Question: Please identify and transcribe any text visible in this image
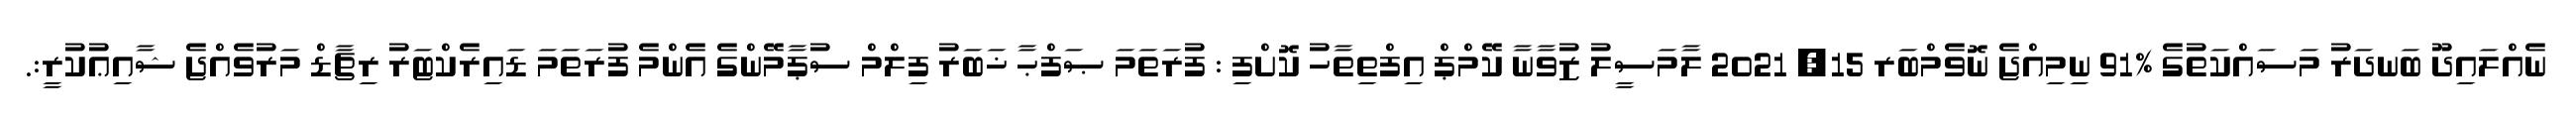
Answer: ނެއްލައިދޫ ބަނދަރު މަސައްކަތުގެ %91 ނިމިއްޖެ ނޮވެމްބަރ 15, 2021 ލާމަސީލު ޒުވާނާ ކޭމްޕް އިފްތިތާހު ކޮށްފި : ފުރަތަމަ ޞަފްޙާ ޚަބަރު ފިލްމް ސުޕާމޭންގެ އެންމެ ފުރަތަމަ ޑައިރެކްޓަރު ރިޗާޑް މަރުވެއްޖެ ޝާއިޢުކުރީ:.